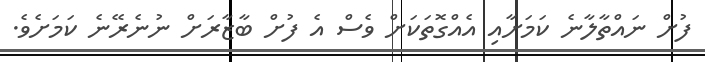
ފުށް ނައްތާލާނެ ކަމަށާއި އެއްގޮތަކަށް ވެސް އެ ފުށް ބާޒާރަށް ނުނެރޭނެ ކަމަށެވެ.